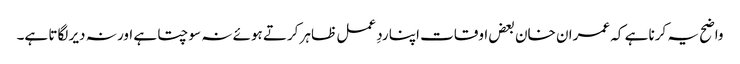
واضح یہ کرنا ہے کہ عمران خان بعض اوقات اپنا ردِ عمل ظاہر کرتے ہوئے نہ سوچتا ہے اور نہ دیر لگاتا ہے۔